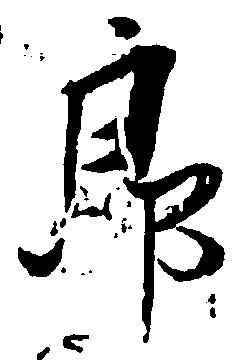
郎